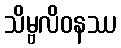
သိမ္ဗလိဝနဿ